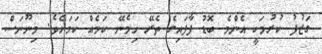
ގަޒުފު ކުރުމަކީ އެންމެ ބޮޑު ފާފައިގެ ތެރޭ ހިމެނޭ ކަމެއް ކަމަށެވެ. މިނޫނަސް